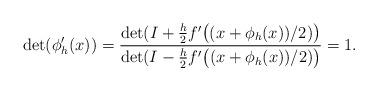
LaTeX: \begin{align*}\det(\phi_h^\prime(x)) = \frac{\det(I+\frac{h}{2}f^\prime\bigl(({x+\phi_h(x)})/{2})\bigr)}{\det(I-\frac{h}{2}f^\prime\bigl((x+\phi_h(x))/2)\bigr)} = 1.\end{align*}